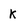
Character: K